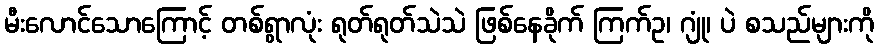
မီးလောင်သောကြောင့် တစ်ရွာလုံး ရုတ်ရုတ်သဲသဲ ဖြစ်နေခိုက် ကြက်ဥ၊ ဂျုံ၊ ပဲ စသည်များကို